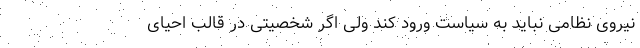
نیروی نظامی نباید به سیاست ورود کند ولی اگر شخصیتی در قالب احیای